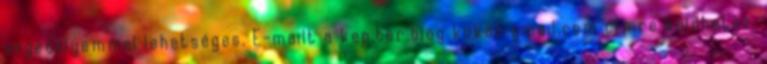
engedélyemmel lehetséges. E-mailt a kep.ter.blog kukac gmail.com címre küldhetsz.